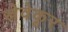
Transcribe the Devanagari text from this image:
स्रेवेकूर